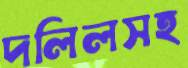
দলিলসহ